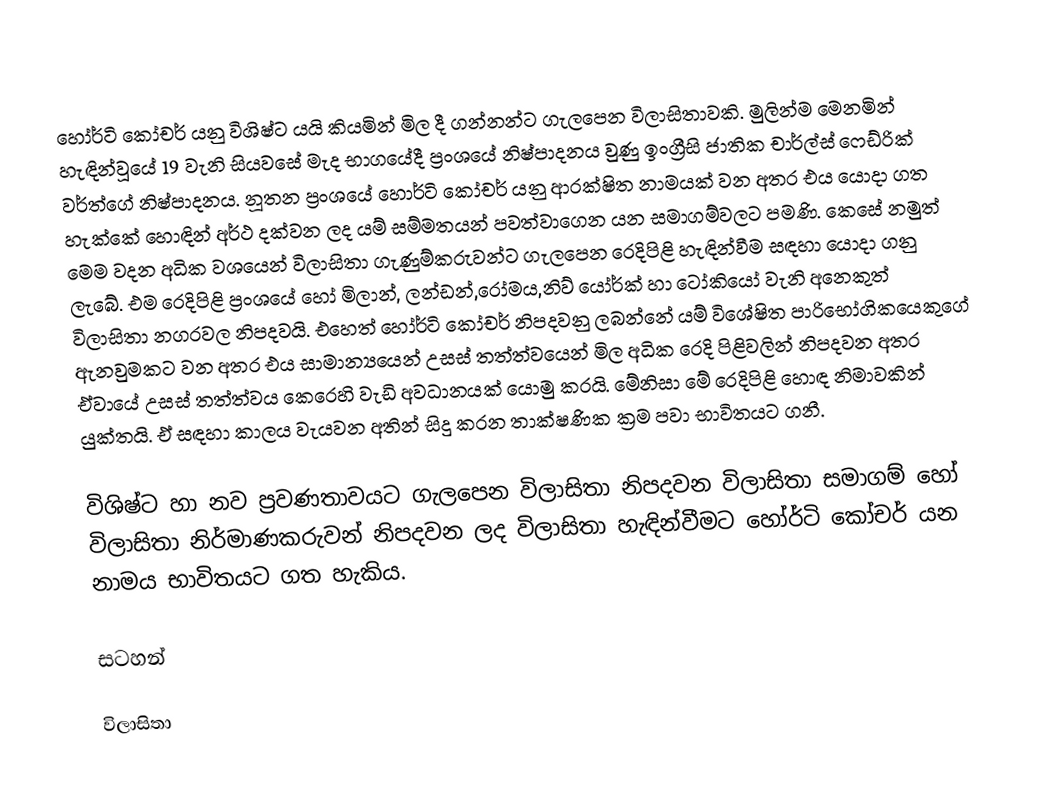
හෝර්ටි කෝචර් යනු විශිෂ්ට යයි කියමින් මිල දී ගන්නන්ට ගැලපෙන විලාසිතාවකි. මුලින්ම මෙනමින්  හැඳින්වූයේ 19 වැනි සියවසේ මැද භාගයේදී ප්‍රංශයේ නිෂ්පාදනය වුණු ඉංග්‍රීසි ජාතික චාර්ල්ස් ෆෙඩ්රික් වර්ත්ගේ නිෂ්පාදනය. නූතන ප්‍රංශයේ හොර්ටි කෝචර් යනු ආරක්ෂිත නාමයක් වන අතර එය යොදා ගත හැක්කේ හොඳින් අර්ථ දක්වන ලද යම් සම්මතයන් පවත්වාගෙන යන සමාගම්වලට පමණි. කෙසේ නමුත් මෙම වදන අධික වශයෙන් විලාසිතා ගැණුම්කරුවන්ට ගැලපෙන රෙදිපිළි හැඳින්වීම සඳහා යොදා ගනු ලැබේ. එම රෙදිපිළි ප්‍රංශයේ හෝ මිලාන්, ලන්ඩන්,රෝමය,නිව් යෝර්ක් හා ටෝකියෝ වැනි අනෙකුත් විලාසිතා නගරවල නිපදවයි. එහෙත් හෝර්ටි කෝචර් නිපදවනු ලබන්නේ යම් විශේෂිත පාරිභෝගිකයෙකුගේ ඇනවුමකට වන අතර එය සාමාන්‍යයෙන් උසස් තත්ත්වයෙන් මිල අධික රෙදි පිළිවලින් නිපදවන අතර ඒවායේ උසස් තත්ත්වය කෙරෙහි වැඩි අවධානයක් යොමු කරයි. මේනිසා මේ රෙදිපිළි හොඳ නිමාවකින් යුක්තයි. ඒ සඳහා කාලය වැයවන අතින් සිදු කරන තාක්ෂණික ක්‍රම පවා භාවිතයට ගනී.

විශිෂ්ට හා නව ප්‍රවණතාවයට ගැලපෙන විලාසිතා නිපදවන විලාසිතා සමාගම් හෝ විලාසිතා නිර්මාණකරුවන් නිපදවන ලද විලාසිතා හැඳින්වීමට හෝර්ටි කෝචර් යන නාමය භාවිතයට ගත හැකිය.

සටහන්

විලාසිතා